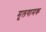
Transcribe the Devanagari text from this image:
मूलगामक